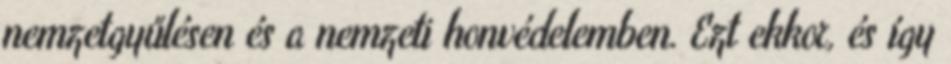
nemzetgyűlésen és a nemzeti honvédelemben. Ezt ekkor, és így